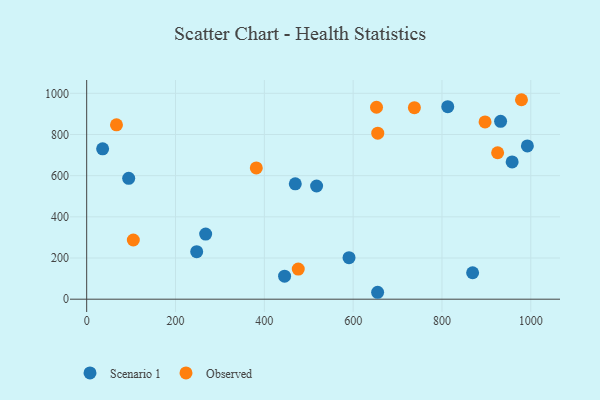
{"axis": {"x": "Distance", "y": "Yield"}, "legend": ["Observed", "Scenario 1"], "data": [{"x": "958.0", "y": 666.6, "type": "Scenario 1"}, {"x": "869.0", "y": 128.5, "type": "Scenario 1"}, {"x": "469.7", "y": 560.2, "type": "Scenario 1"}, {"x": "94.6", "y": 587.1, "type": "Scenario 1"}, {"x": "35.9", "y": 730.2, "type": "Scenario 1"}, {"x": "992.3", "y": 744.4, "type": "Scenario 1"}, {"x": "267.9", "y": 316.4, "type": "Scenario 1"}, {"x": "247.7", "y": 230.8, "type": "Scenario 1"}, {"x": "590.7", "y": 201.6, "type": "Scenario 1"}, {"x": "445.6", "y": 112.0, "type": "Scenario 1"}, {"x": "932.0", "y": 863.9, "type": "Scenario 1"}, {"x": "655.1", "y": 33.6, "type": "Scenario 1"}, {"x": "813.0", "y": 935.0, "type": "Scenario 1"}, {"x": "517.7", "y": 549.9, "type": "Scenario 1"}, {"x": "652.6", "y": 932.3, "type": "Observed"}, {"x": "67.1", "y": 846.9, "type": "Observed"}, {"x": "655.4", "y": 806.6, "type": "Observed"}, {"x": "105.0", "y": 287.5, "type": "Observed"}, {"x": "737.9", "y": 930.5, "type": "Observed"}, {"x": "381.9", "y": 637.8, "type": "Observed"}, {"x": "476.4", "y": 146.5, "type": "Observed"}, {"x": "897.0", "y": 861.3, "type": "Observed"}, {"x": "979.0", "y": 968.9, "type": "Observed"}, {"x": "925.3", "y": 711.3, "type": "Observed"}]}